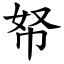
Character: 帑